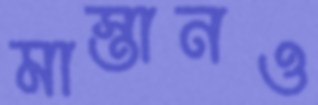
মাস্তানও